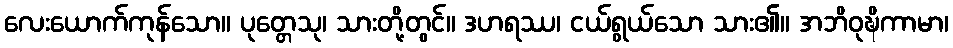
လေးယောက်ကုန်သော။ ပုတ္တေသု၊ သားတို့တွင်။ ဒဟရဿ၊ ငယ်ရွယ်သော သား၏။ အဘိဝုဍ္ဎိကာမာ၊